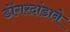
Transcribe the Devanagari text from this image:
डोंगरदांडाने